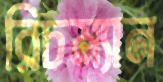
রিচম্যান